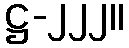
ဋ္ဌ-၂၂၂။